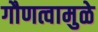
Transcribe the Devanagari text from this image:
गौणत्वामुळे